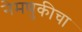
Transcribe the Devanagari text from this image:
नेमणुकीचा